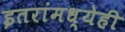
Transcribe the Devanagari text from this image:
इतरांमध्येही